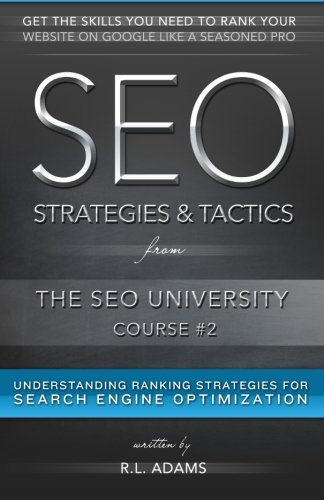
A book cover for SEO Strategies & Tactics: Understanding Ranking Strategies for Search Engine Optimization (The SEO University) (Volume 2); R.L. Adams; Computers & Technology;